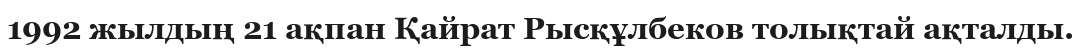
1992 жылдың 21 ақпан Қайрат Рысқұлбеков толықтай ақталды.